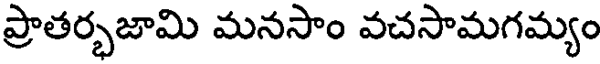
ప్రాతర్భజామి మనసాం వచసామగమ్యం